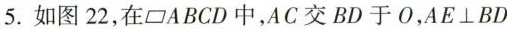
5.如图22，在\square ABCD中，AC交BD于O，AE \bot BD